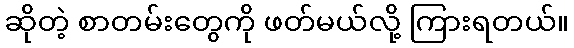
ဆိုတဲ့ စာတမ်းတွေကို ဖတ်မယ်လို့ ကြားရတယ်။